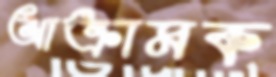
আক্রামক